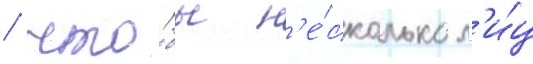
/ что́бы н'е́сколько л'и́ц